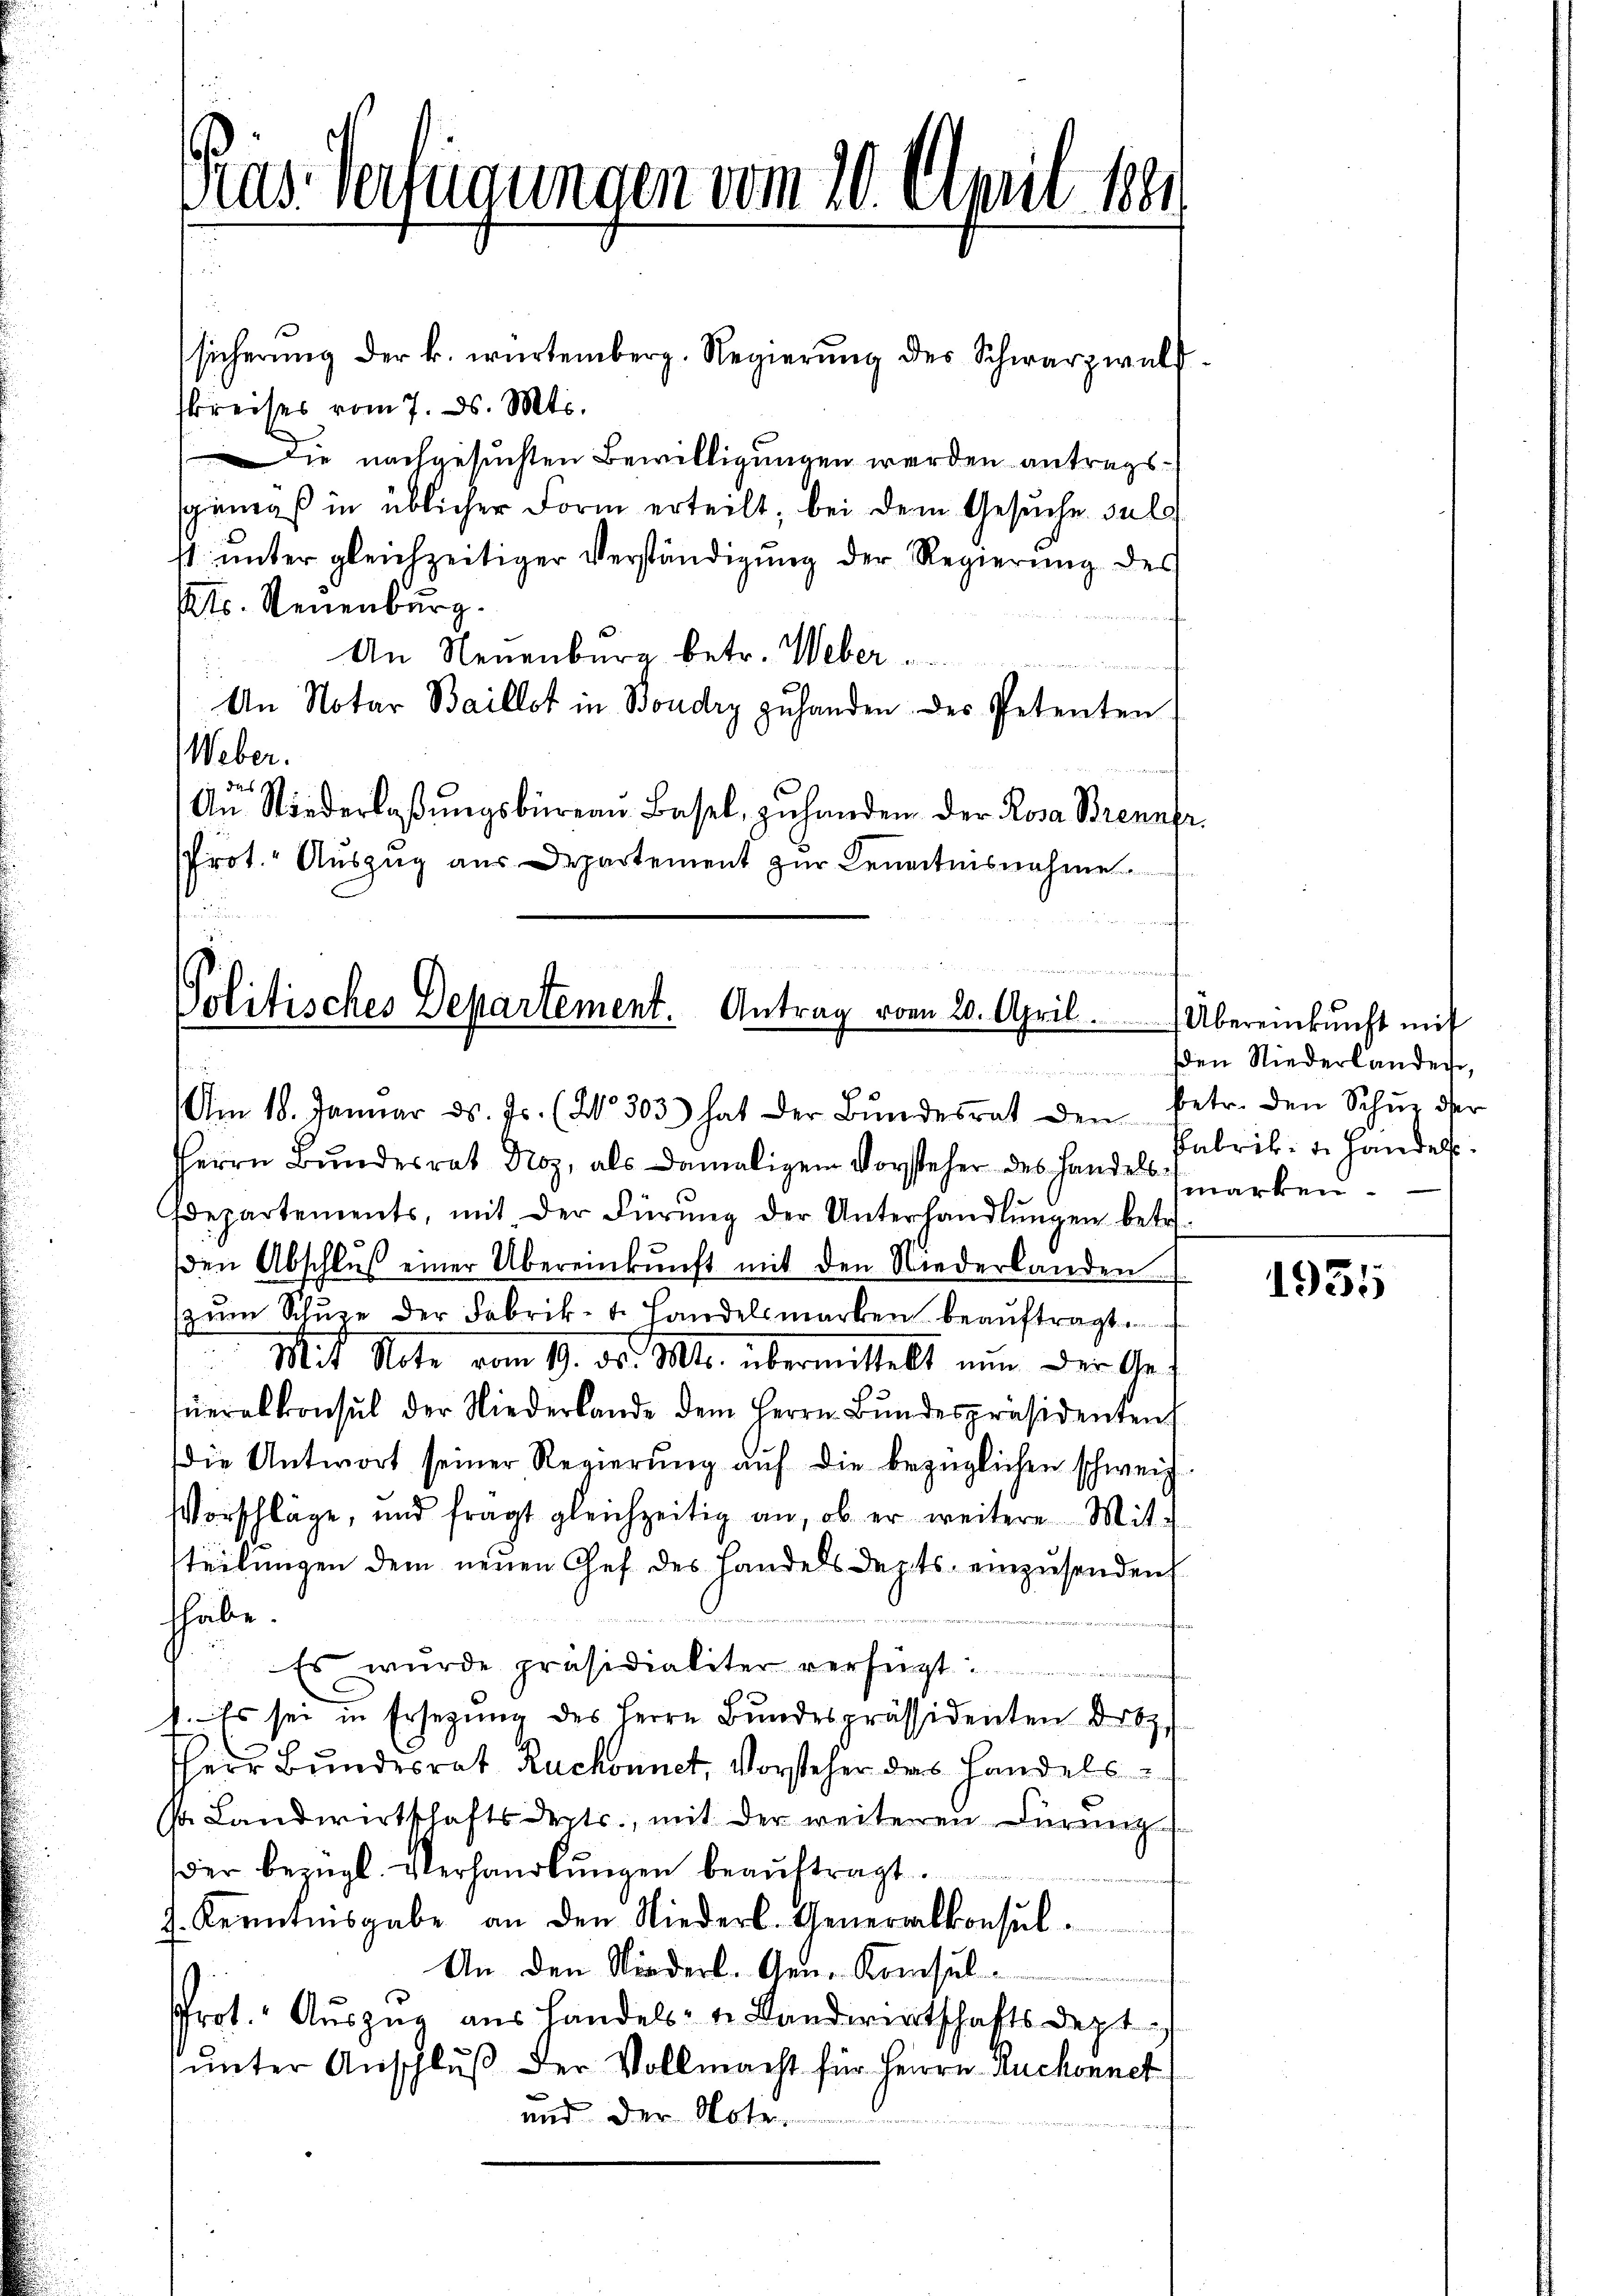
Präs. Verfügungen vom 10. April 1881.

sicherŭng der k. würtemberg. Regierŭng des Schwarzwald
skreises vom 7. ds. Mts.
Die nachgesuchten Bewilligungen werden antragssgemäß in üblicher Form erteilt, bei dem Gesuche sul
1 ŭnter gleichzeitiger Verständigŭng der Regierŭng des
ts. Neuenburg.
An Neuenburg betr. Weber
An Notar Baillot in Boudry zuhanden des Petenten
Weber.
das Wo
An Kinderlaβŭngsbüreau Basel, zŭ handen der Rosa Brenner
Prot. Auszug aus Departement zŭr Kenntnisnahme

u
Politisches Departement. Antrag vom 20. April.
Am 18. Januar d. Js. (20. 303) hat der Bŭndesrat den betr. den Schu der

Herrn Bŭndesrat Noz, als damaligen Vorsteher des Hande marken-
Idepartements, mit der Fürŭng der Unterhandlŭngen betr.
den Abschlŭβ einer Übereinkŭnft mit den Niederlanden
zŭm Schŭze der Fabrik- t. Handelsmarken beaŭftragt.
Mit Note vom 19. d. Mts. übermittelt nun der Geŭeralkonsul der Niederlande dem Herrn Bŭndespräsidenten
die Antwort seiner Regierung auf die bezüglichen schweiz
Vorschläge, und fragt gleichzeitig an, ob er weitere Mit-
tteilungen dem neuen Chef des Handels depts einzusenden
habe.
Es wurde präsidialiter verfügt
b. Es sei in Ersezung des Herrn Bundespräsidenten Ortz.
HHerr Bundesrat Ruchonnet, Vorsteher das Handels
s. Landwirtschaftsdepts., mit der weiteren Düring
der bezügl. Verhandlŭngen beaŭftragt.
J. Kenntnisgabe an den Niederl. Generalkonsul¬
An den Niederl. Gen. Konsul¬
Prot. Auszug aus Handels- u. Landwirtschaftsdept.
unter Anschluß der Vollmacht für Herrn Ruchonnet
und der Note.

Übereinkunft mit
den Niederlander,
Pabrik- u. Handels.

1935